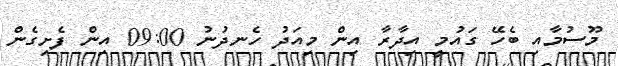
މޫސުމާއި ބެހޭ ގައުމީ އިދާރާ އިން މިއަދު ހެނދުނު 09:00 އިން ފެށިގެން